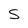
Character: S